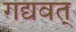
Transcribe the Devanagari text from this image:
गद्यवत्